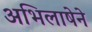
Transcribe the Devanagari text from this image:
अभिलाषेने